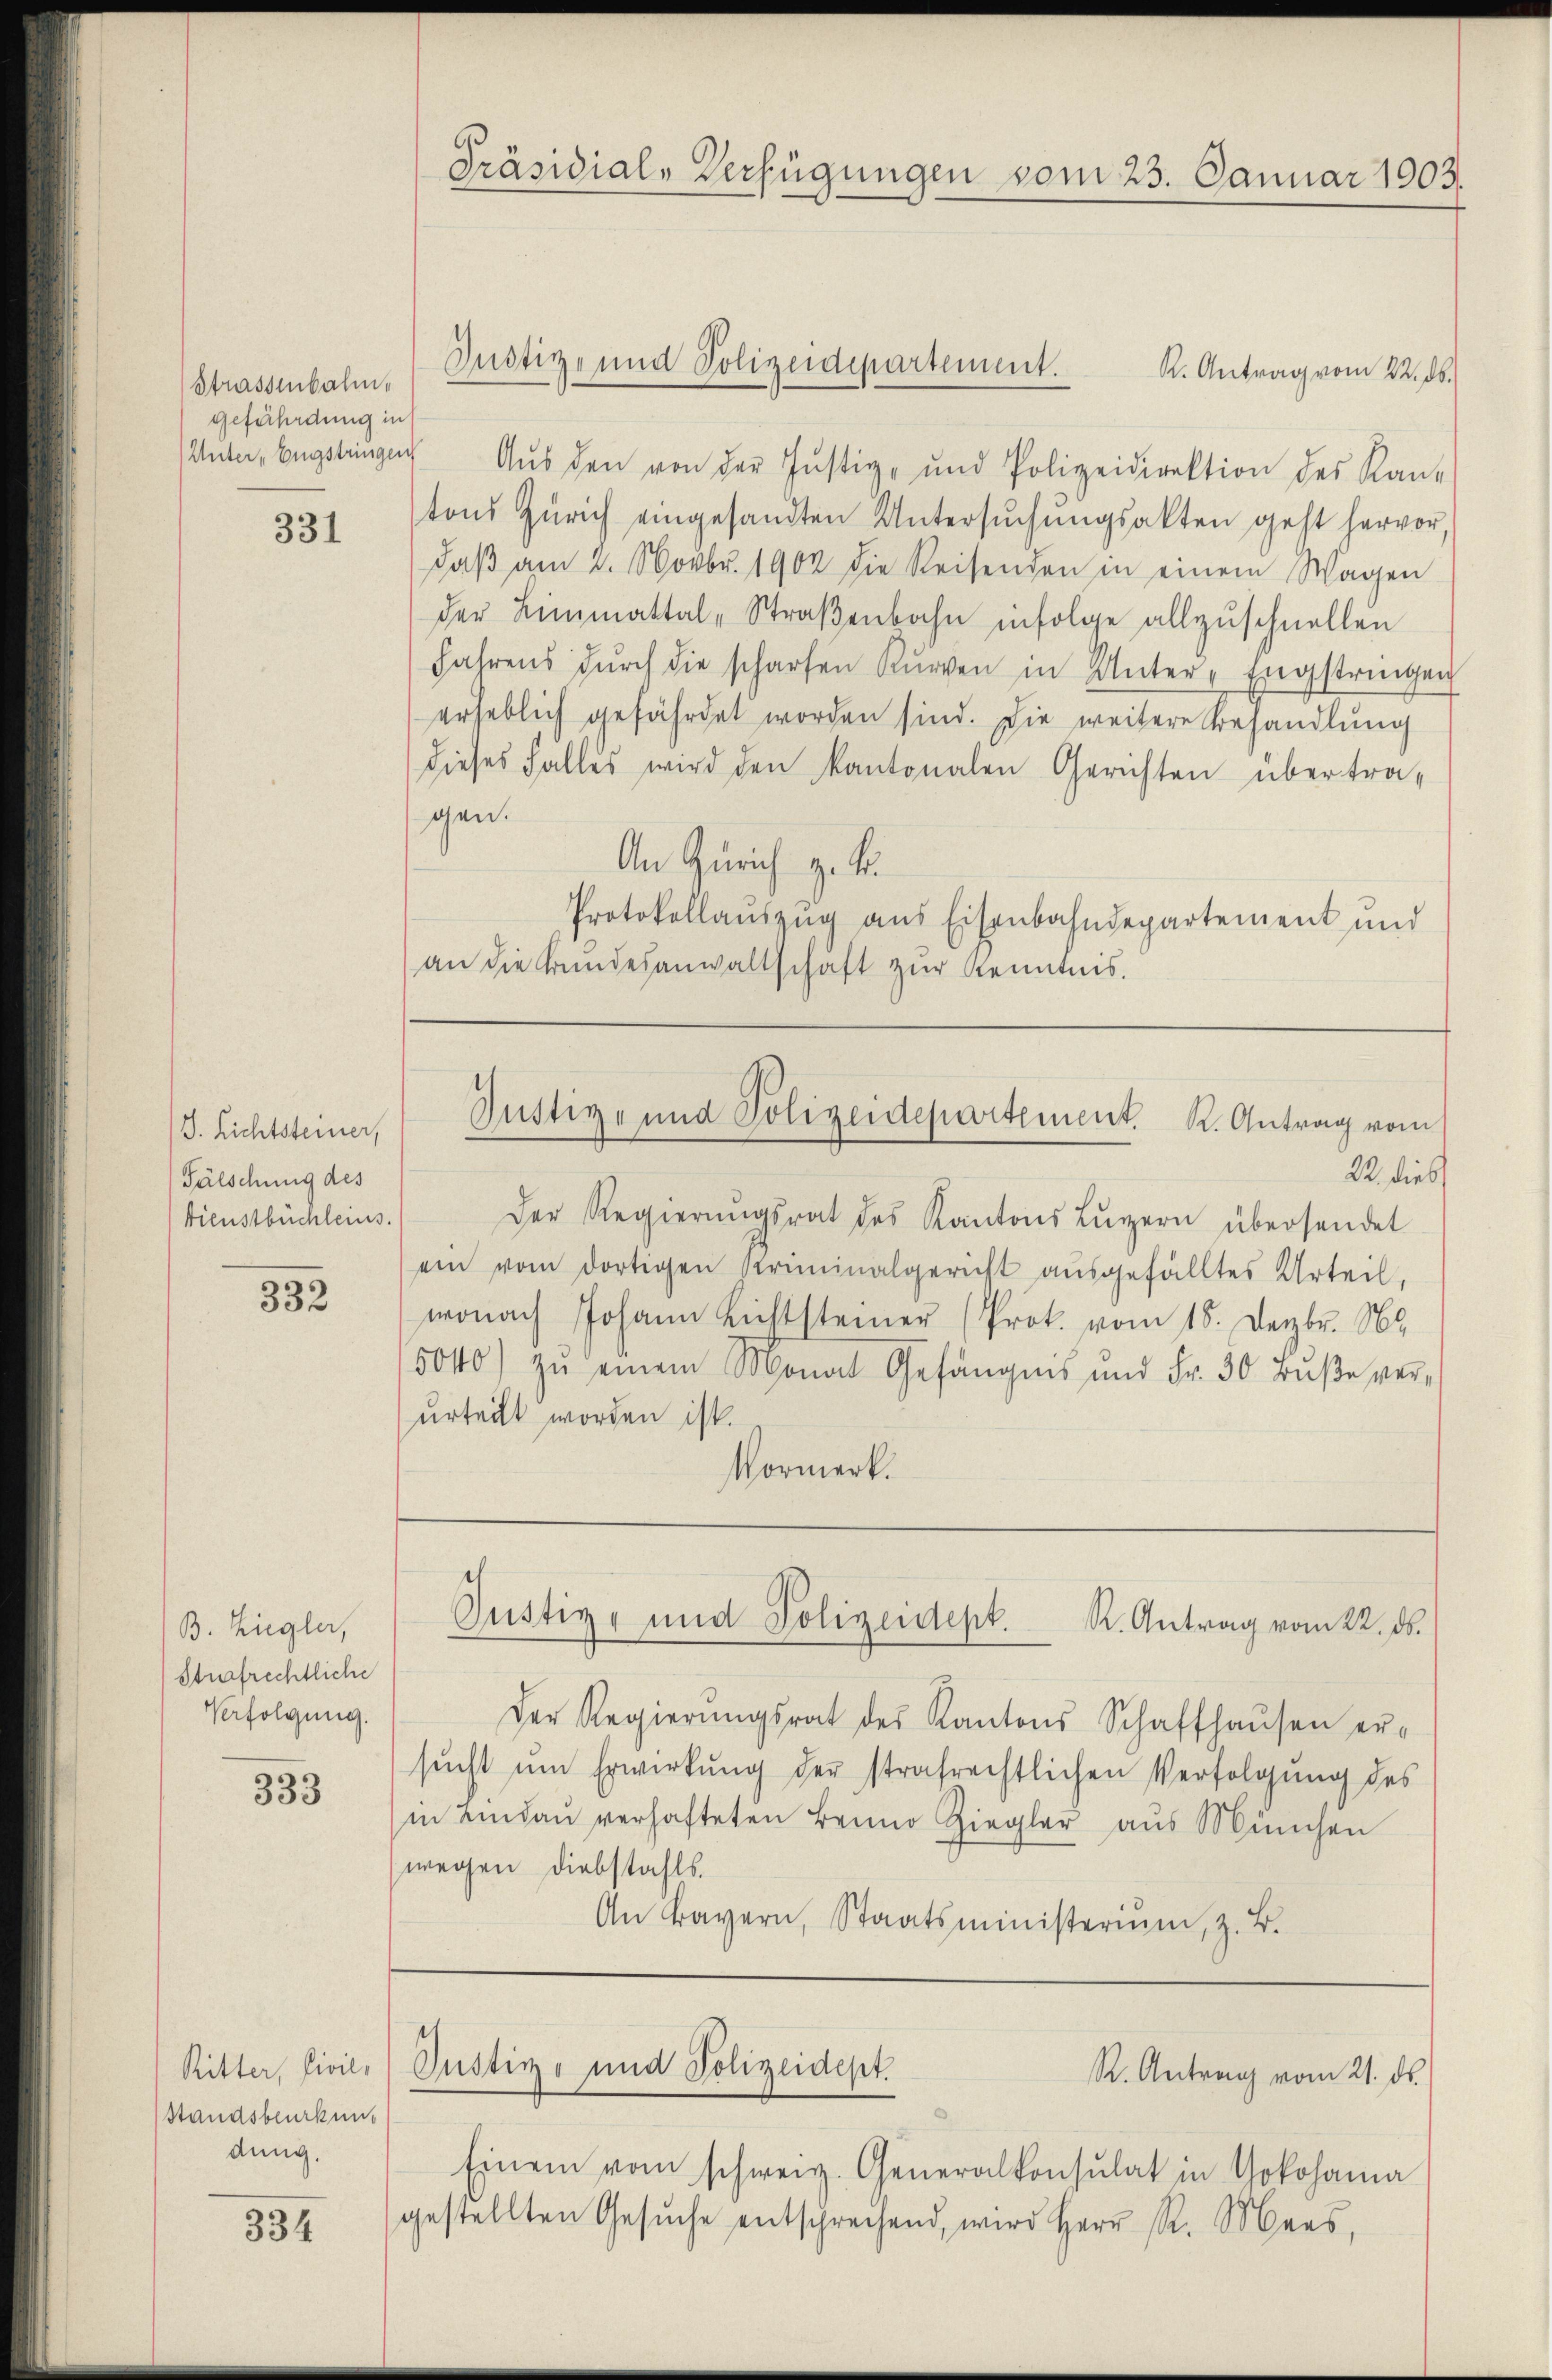
Strassenbahn,
gefährdung in

331

J. Lichtsteiner,
Fälschung des
bienstbüchleins.

332

B. Ziegler,
Strafrechtliche
Verfolgung.

333

Ritter, Civil,
Standsbeurkung
dung.

334

Präsidial-Verfügungen vom 23. Januar 1903.

Justiz- und Polizeidepartement.

K. Antrag vom 22. ds.
Unter-Engstringen Aŭs den von der Justiz- und Polizeidirektion des Kan-
tons Zürich eingesandten Untersŭchŭngsakten geht hervor,
daβ am 2. Novbr. 1902 die Reisenden in einem Wagen
der Limmattal-Straβenbahn infolge allzuschnellen
Jahrens dŭrch die scharfen Kurven in Unter-Engstringen
erheblich gefährdet worden sind. Die weitere Behandlung
dieses Falles wird den kantonalen Gerichten übertra-
gen.
An Zürich z. B.
Protokollauszug aus Eisenbahndepartement und
an die Kundesanwaltschaft zur Kenntnis.

Justiz- und Polizeidepartement. K. Antrag vom

22. dies
Der Regierŭngsrat des Kantons Luzern übersendet
ein vom dortigen Kriminalgericht aŭsgefälltes Urteil,
wonach Johann Lichtsteiner (Prok. vom 15. Dezbr. 18.
5040) zŭ einem Monat Gefängnis und Fr. 50 Bŭβe verurteilt worden ist.
Vormerk.

Der Regierŭngsrat des Kantons Schaffhaŭsen er-
sŭcht ŭm Erwirkung der strafrechtlichen Verfolgung des
in Lindau verhafteten Bruno Ziegler aus München
(wegen Diebstahls.
An Bayern, Staatsministerium, z. B.

Justiz- und Polizeidept. K. Antrag vom 22. ds.

Justiz- und Polizeidept.
R. Antrag vom 21. ds.

Einem vom schweiz. Generalkonsulat in Yokohanna
gestellten Gesŭche entsprechend, wird Herr R. Mars,